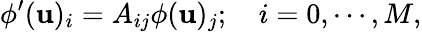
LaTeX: \phi^{\prime}(\mathbf{u})_{i}=A_{ij}\phi(\mathbf{u})_{j};\quad i=0,\cdots,M,